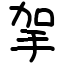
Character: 㧝